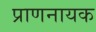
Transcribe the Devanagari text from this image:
प्राणनायक